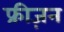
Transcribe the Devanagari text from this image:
फ्रीज़न